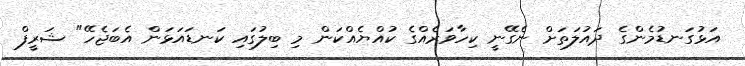
އަޅުގަނޑުމެންގެ ދައުލަތަށް ނެގޭނީ ކިހާވަރެއްގެ ކުއްޔެއްކަން މި ބިލުގައި ކަނޑައަޅަން އެބަޖެހޭ" ޝަރީފް